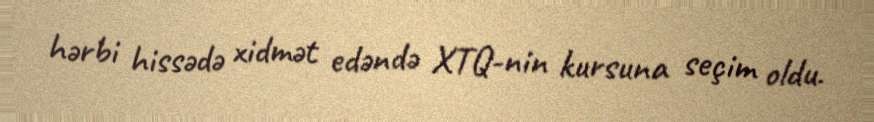
hərbi hissədə xidmət edəndə XTQ-nin kursuna seçim oldu.